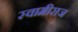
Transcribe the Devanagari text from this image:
स्वामीराज